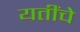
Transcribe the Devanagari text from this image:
यतींचे